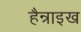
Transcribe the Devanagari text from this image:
हैन्राइख